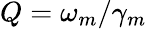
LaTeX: Q=\omega_{m}/\gamma_{m}